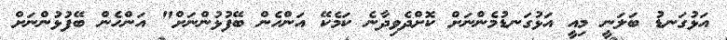
އަޅުގަނޑު ބަލަނީ މިއީ އަޅުގަނޑުމެންނަށް ކޮށްދެވިދާނެ ކަމެކޭ އަންހެން ބޭފުޅުންނަށް" އަންހެން ބޭފުޅުންނަށް